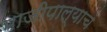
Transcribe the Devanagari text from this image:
भाजीपाल्याचं